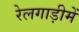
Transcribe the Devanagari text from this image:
रेलगाड़ीमें